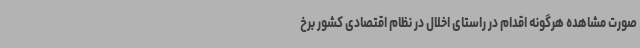
صورت مشاهده هرگونه اقدام در راستای اخلال در نظام اقتصادی کشور برخ